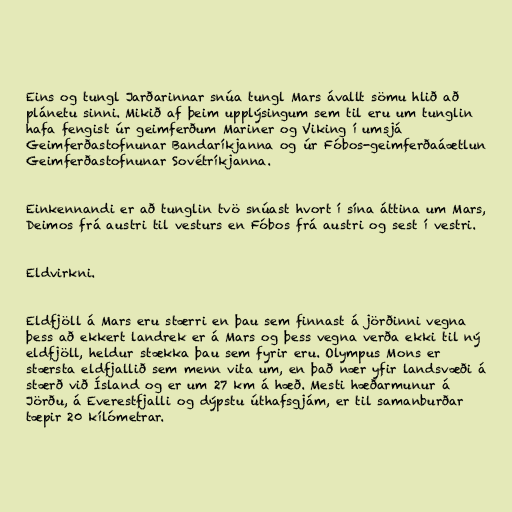
Eins og tungl Jarðarinnar snúa tungl Mars ávallt sömu hlið að
plánetu sinni. Mikið af þeim upplýsingum sem til eru um tunglin
hafa fengist úr geimferðum Mariner og Viking í umsjá
Geimferðastofnunar Bandaríkjanna og úr Fóbos-geimferðaáætlun
Geimferðastofnunar Sovétríkjanna.

Einkennandi er að tunglin tvö snúast hvort í sína áttina um Mars,
Deimos frá austri til vesturs en Fóbos frá austri og sest í vestri.

Eldvirkni.

Eldfjöll á Mars eru stærri en þau sem finnast á jörðinni vegna
þess að ekkert landrek er á Mars og þess vegna verða ekki til ný
eldfjöll, heldur stækka þau sem fyrir eru. Olympus Mons er
stærsta eldfjallið sem menn vita um, en það nær yfir landsvæði á
stærð við Ísland og er um 27 km á hæð. Mesti hæðarmunur á
Jörðu, á Everestfjalli og dýpstu úthafsgjám, er til samanburðar
tæpir 20 kílómetrar.